Bréfritari: Soffía Daníelsdóttir
Dagsetning: A-1906-04-25
Skrifað á: Höfn

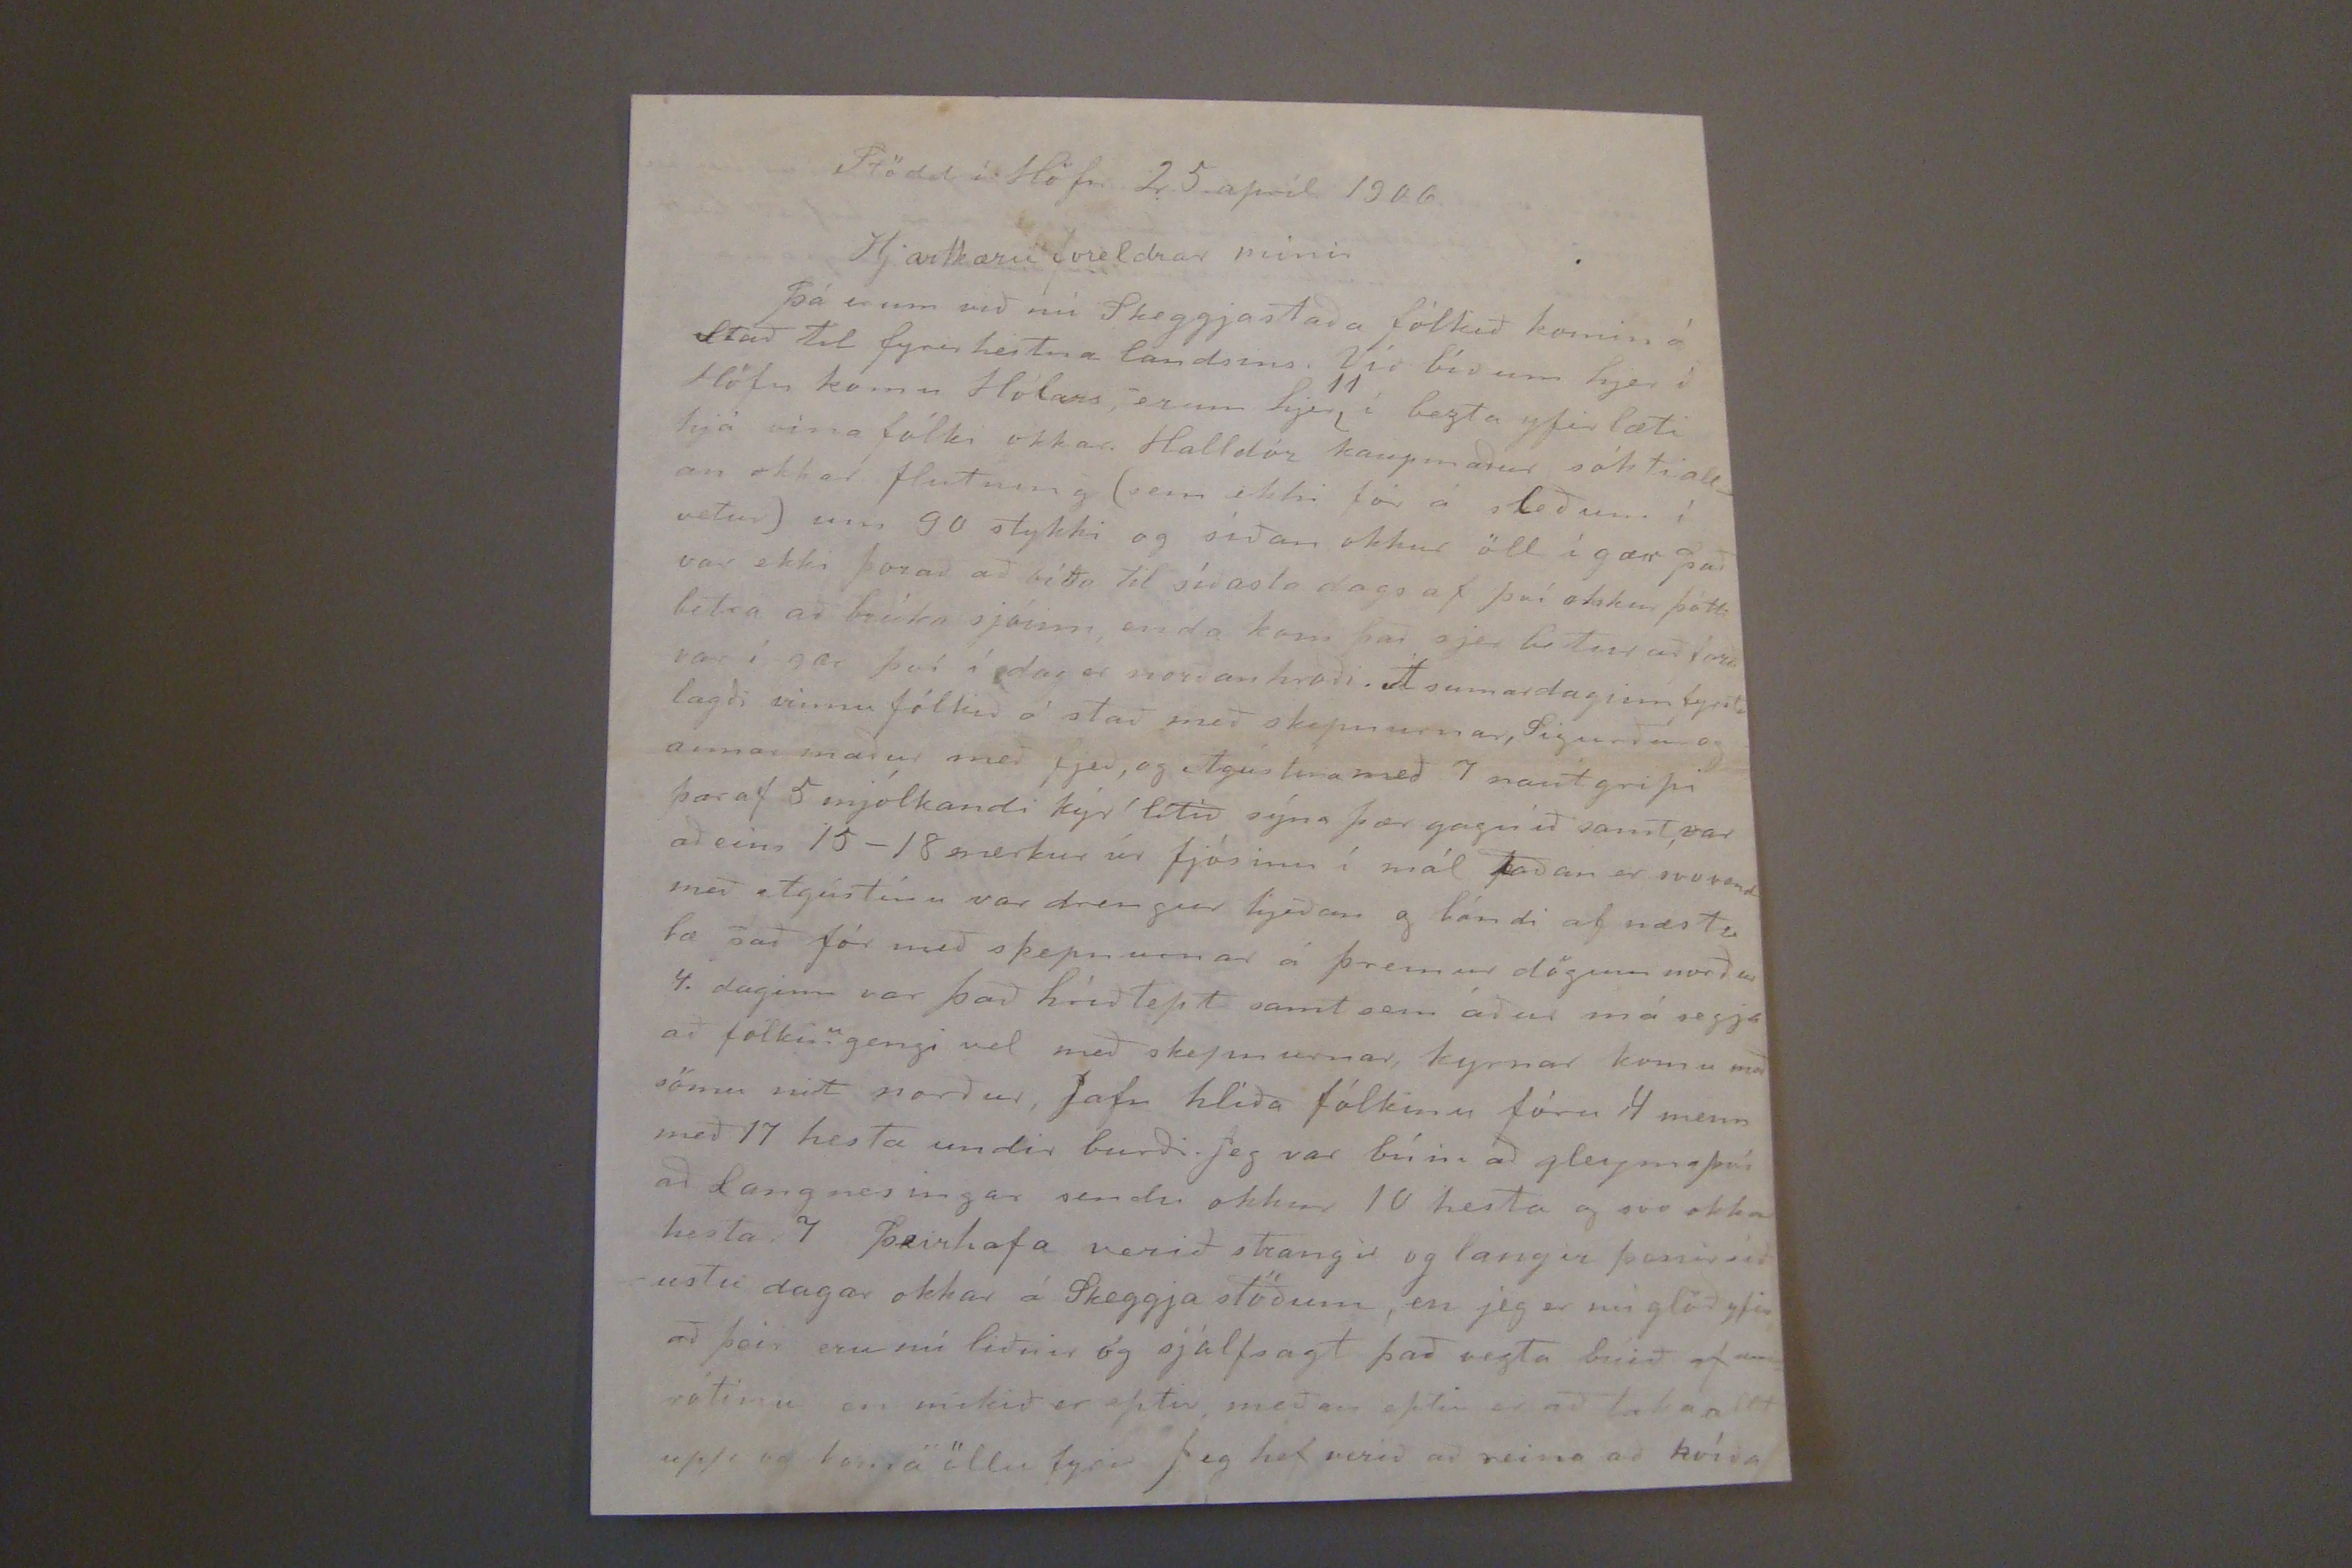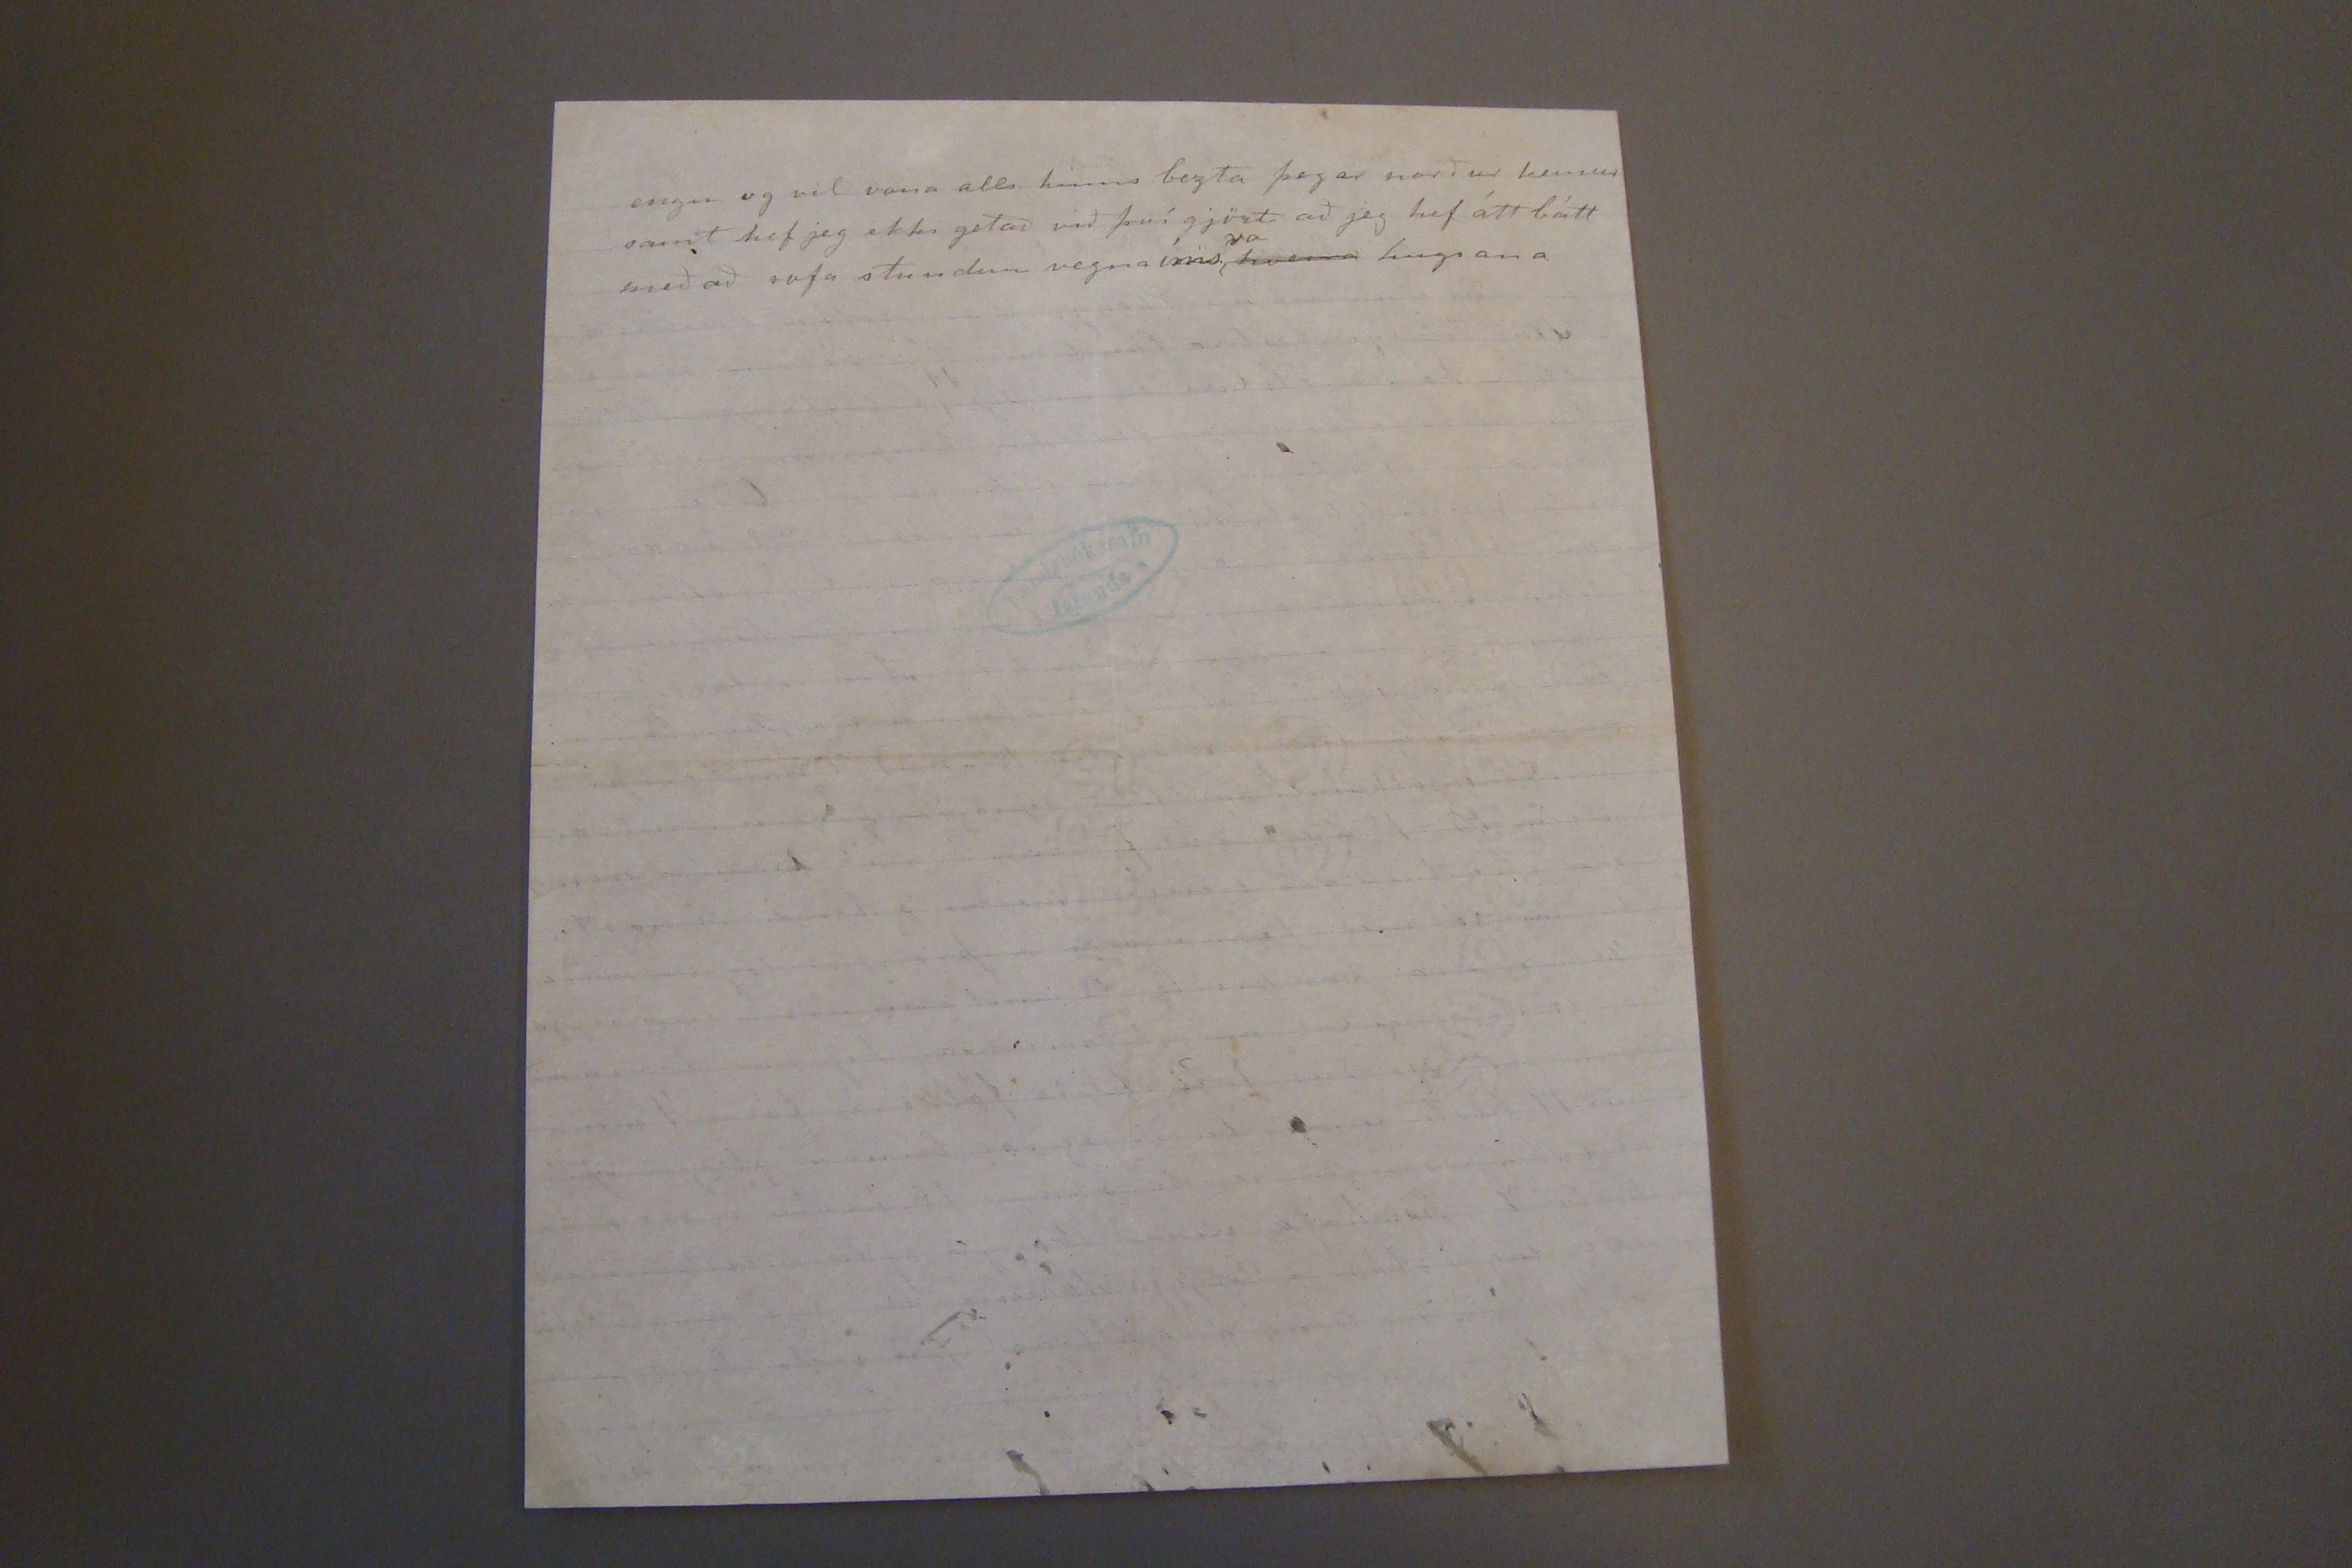

Stödd í Höfn 25. apríl 1906.
Hjartkæru foreldrar mínir.
þá erum við nú Skeggjastaða fólkið komin á Stað ti fyrirheitna landsins. Við bíðum hjer í Höfn komu Hólars, erum hjer
11
í bezta yfir læti hjá vina fólki okkar. Halldór kaupmaður sókti allan okkar flutning (sem ekki fór á sleðum í vetur) um 90 stykki og síðan okkur öll í gær það var ekki þorað að ríða til síðasta daggs af því okkur þótti líka að brúka sjóinn enda kom það sjer betur að ferð var í gær því í dag er norðanhraði. Á sumardaginn fyrsta lagði vinnu fólkið á stað með skepnurnar, Sigurður og annar maður með fjeð, og Agústína með 7 nautgripi þar af 5 mjólkandi kýr lítið sýna þær gangið samt, var aðeins 5-18 merkur úr fjósinu í mál Taðan er svo vond með Agústínu var drengur hjeðan g bóndi af næsta bæ það fór með skepnurnar á þremur dögum norður 4. daginn var það hríðtept samt sem áður má segja að fólkin
u
gengi vel með skepnurnar, kyrnar komu með sömu
nit
norður, Jafn hliða fólkinu fóru 4 menn með 17 hesta undir burði. Jeg var búin að gleyma því að Langnesingar sendu okkur 10 hesta og svo okkar hesta 7 þeir hafa verið strangir og langir þessir síðustu dagar okkar á Skeggja stöðum, en jeg er nú glöð yfir að þeir eru nú liðnir og sjálfsagt það vezta búið af
rótinu
en mikið er eptir meðan eptir er að loka alt upp og koma öllu fyrir Jeg hef verið að reina að kvíða
engu og vil vona alls hinns bezta þegar norður kemur samt hef jeg ekki getað við því gjört að jeg hef átt bátt með að sofastundum vegna íms
ra
hverra
hugsana